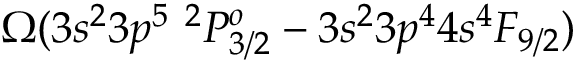
\Omega ( 3 s ^ { 2 } 3 p ^ { 5 } ~ ^ { 2 } P _ { 3 / 2 } ^ { o } - 3 s ^ { 2 } 3 p ^ { 4 } 4 s ^ { 4 } F _ { 9 / 2 } )